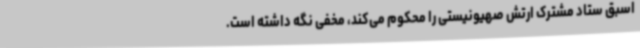
اسبق ستاد مشترک ارتش صهیونیستی را محکوم می‌کند، مخفی نگه داشته است.